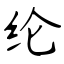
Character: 纶